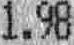
1.98